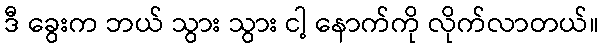
ဒီ ခွေးက ဘယ် သွား သွား ငါ့ နောက်ကို လိုက်လာတယ်။